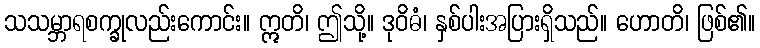
သသမ္ဘာရစက္ခုလည်းကောင်း။ ဣတိ၊ ဤသို့။ ဒုဝိဓံ၊ နှစ်ပါးအပြားရှိသည်။ ဟောတိ၊ ဖြစ်၏။